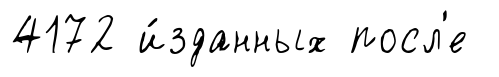
4172 и́зданных посл'е